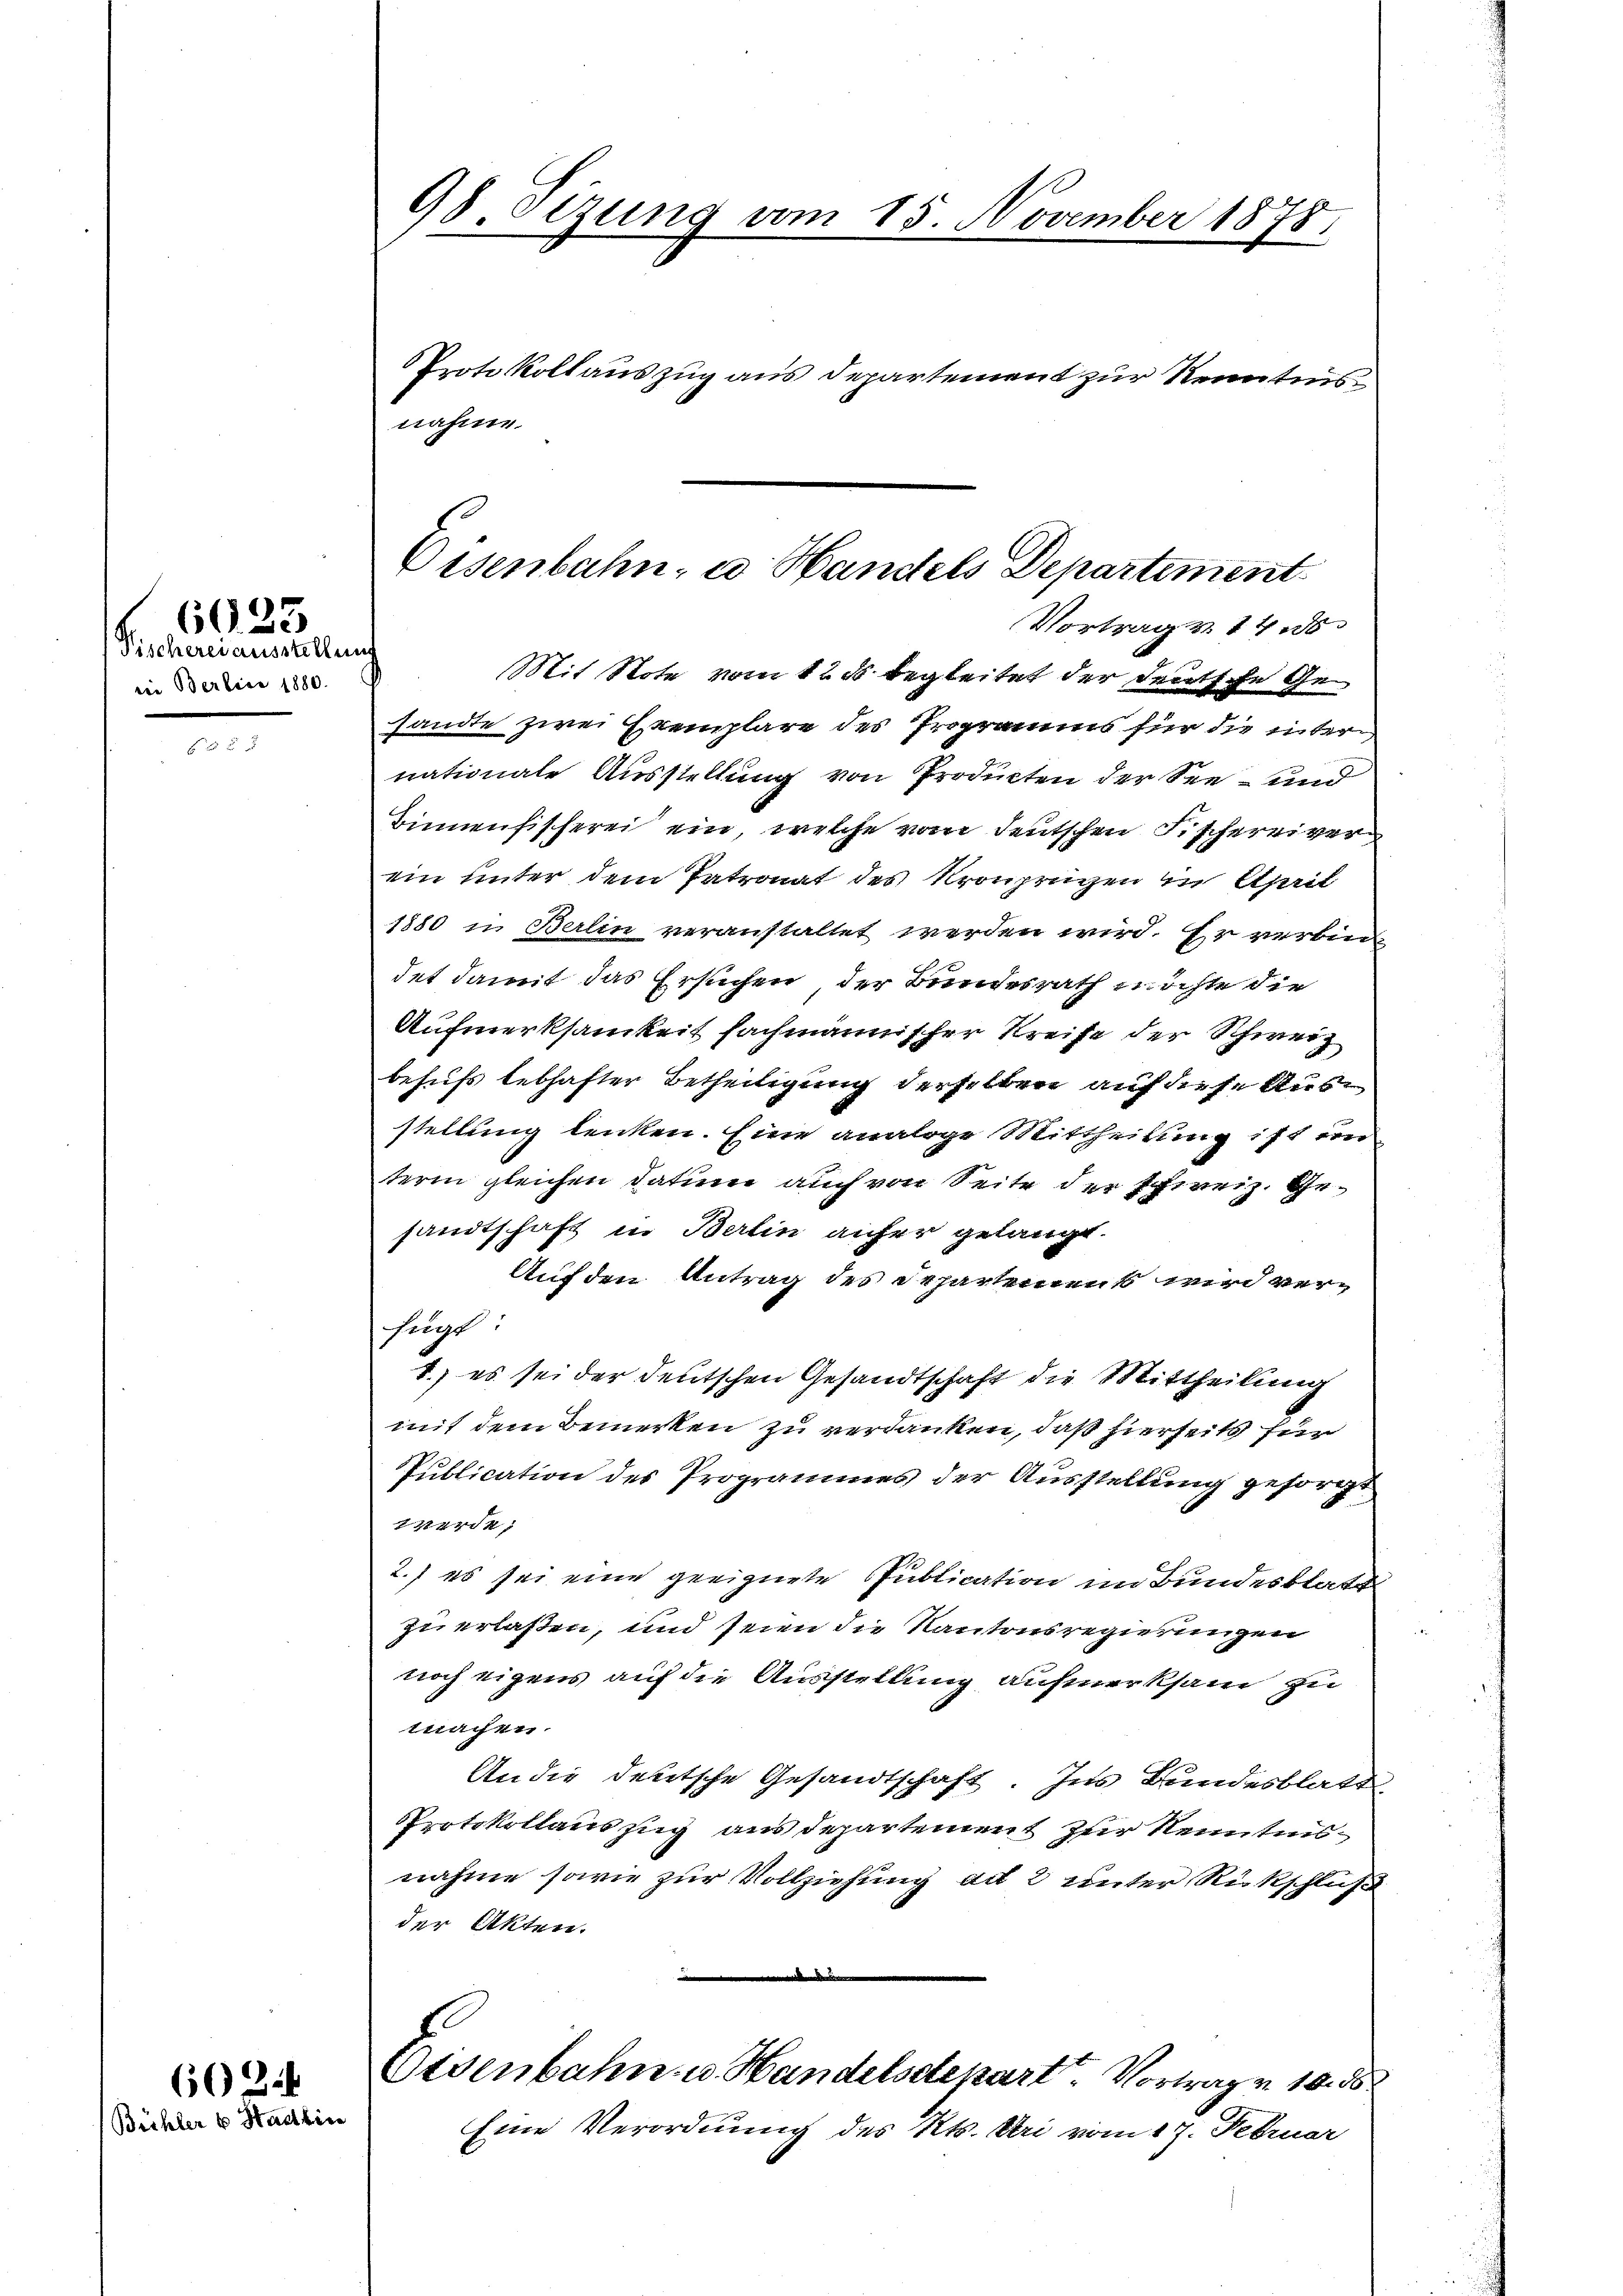
Fischerei aussteller
in Berlini 1880.

602.
Büchler v. Stadlin

6023

98. Sizung vom 15. November 1878

Protokollauszug aus Departement zur Kenntnis
nahme.
sandte zwei Exemplare des Programms für die unter
nationale Ausstellung von Producten der See- und
Binnenfischerei ein, welche vom deutschen Fischereiverein unter dem Patronat des Kronprizen in April
1880 in Berlin veranstaltet werden wird. Er verbin
det damit das Ersuchen der Bundesrath möchte die
Aufmerksamkeit fachmännischer Kreise der Schweiz
behufs lebhafter Betheiligung derselben auf diese Ausstellung lenken. Eine analoge Mittheilung ist un
term gleichen Datum auch von Seite der schweiz. Gesandtschaft in Berlin anfer gelangt.
Auf den Antrag des Departement wird verfügt:
1.) es sei der deutschen Gesandtschaft die Mittheilung
mit dem Bemerken zu verdanken, daß hierseits für
Publication des Programmes der Ausstellung gesorgt
werde;
2. es sei eine geeignete Publication im Bundesblatt
zu erlaßen, und seien die Kantonsregierungen
noch eigens auf die Ausstellung aufmerksam zu
machen.
An die deutsche Gesandtschaft. Ins Bundesblatte
Protokollauszug aus departement zur Kenntnis
nahme sowie zur Vollziehung ad 2 unter Rückschluß
der Akten.
de
.
Otsenbahn u. Handelsdepart. Vortrag v. 1038
Eine Verordnung des Kts. bei vom 17. Februar

Eisenbahn, u. Handels Departement
Vortrag u. 14 d
ric
Mit Note vom 12. ds begleitet der deutsche Ge¬